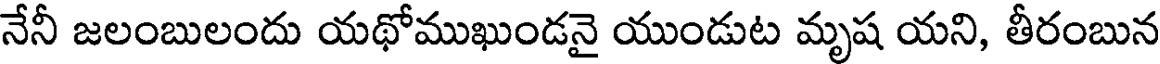
నేనీ జలంబులందు యథోముఖుండనై యుండుట మృష యని, తీరంబున